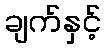
ချက်နှင့်